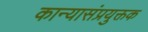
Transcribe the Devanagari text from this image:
कान्यासंप्रयुक्तक